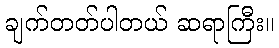
ချက်တတ်ပါတယ် ဆရာကြီး။